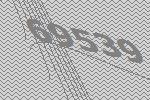
69539